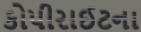
કોપીરાઈટના